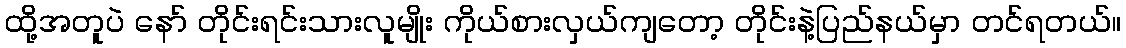
ထို့အတူပဲ နော် တိုင်းရင်းသားလူမျိုး ကိုယ်စားလှယ်ကျတော့ တိုင်းနဲ့ပြည်နယ်မှာ တင်ရတယ်။